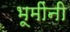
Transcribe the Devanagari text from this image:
भूमींनी